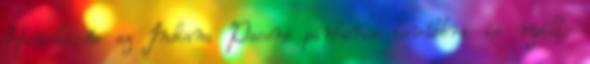
Hawks és az Indiana Pacers párharca továbbra is nyílt,